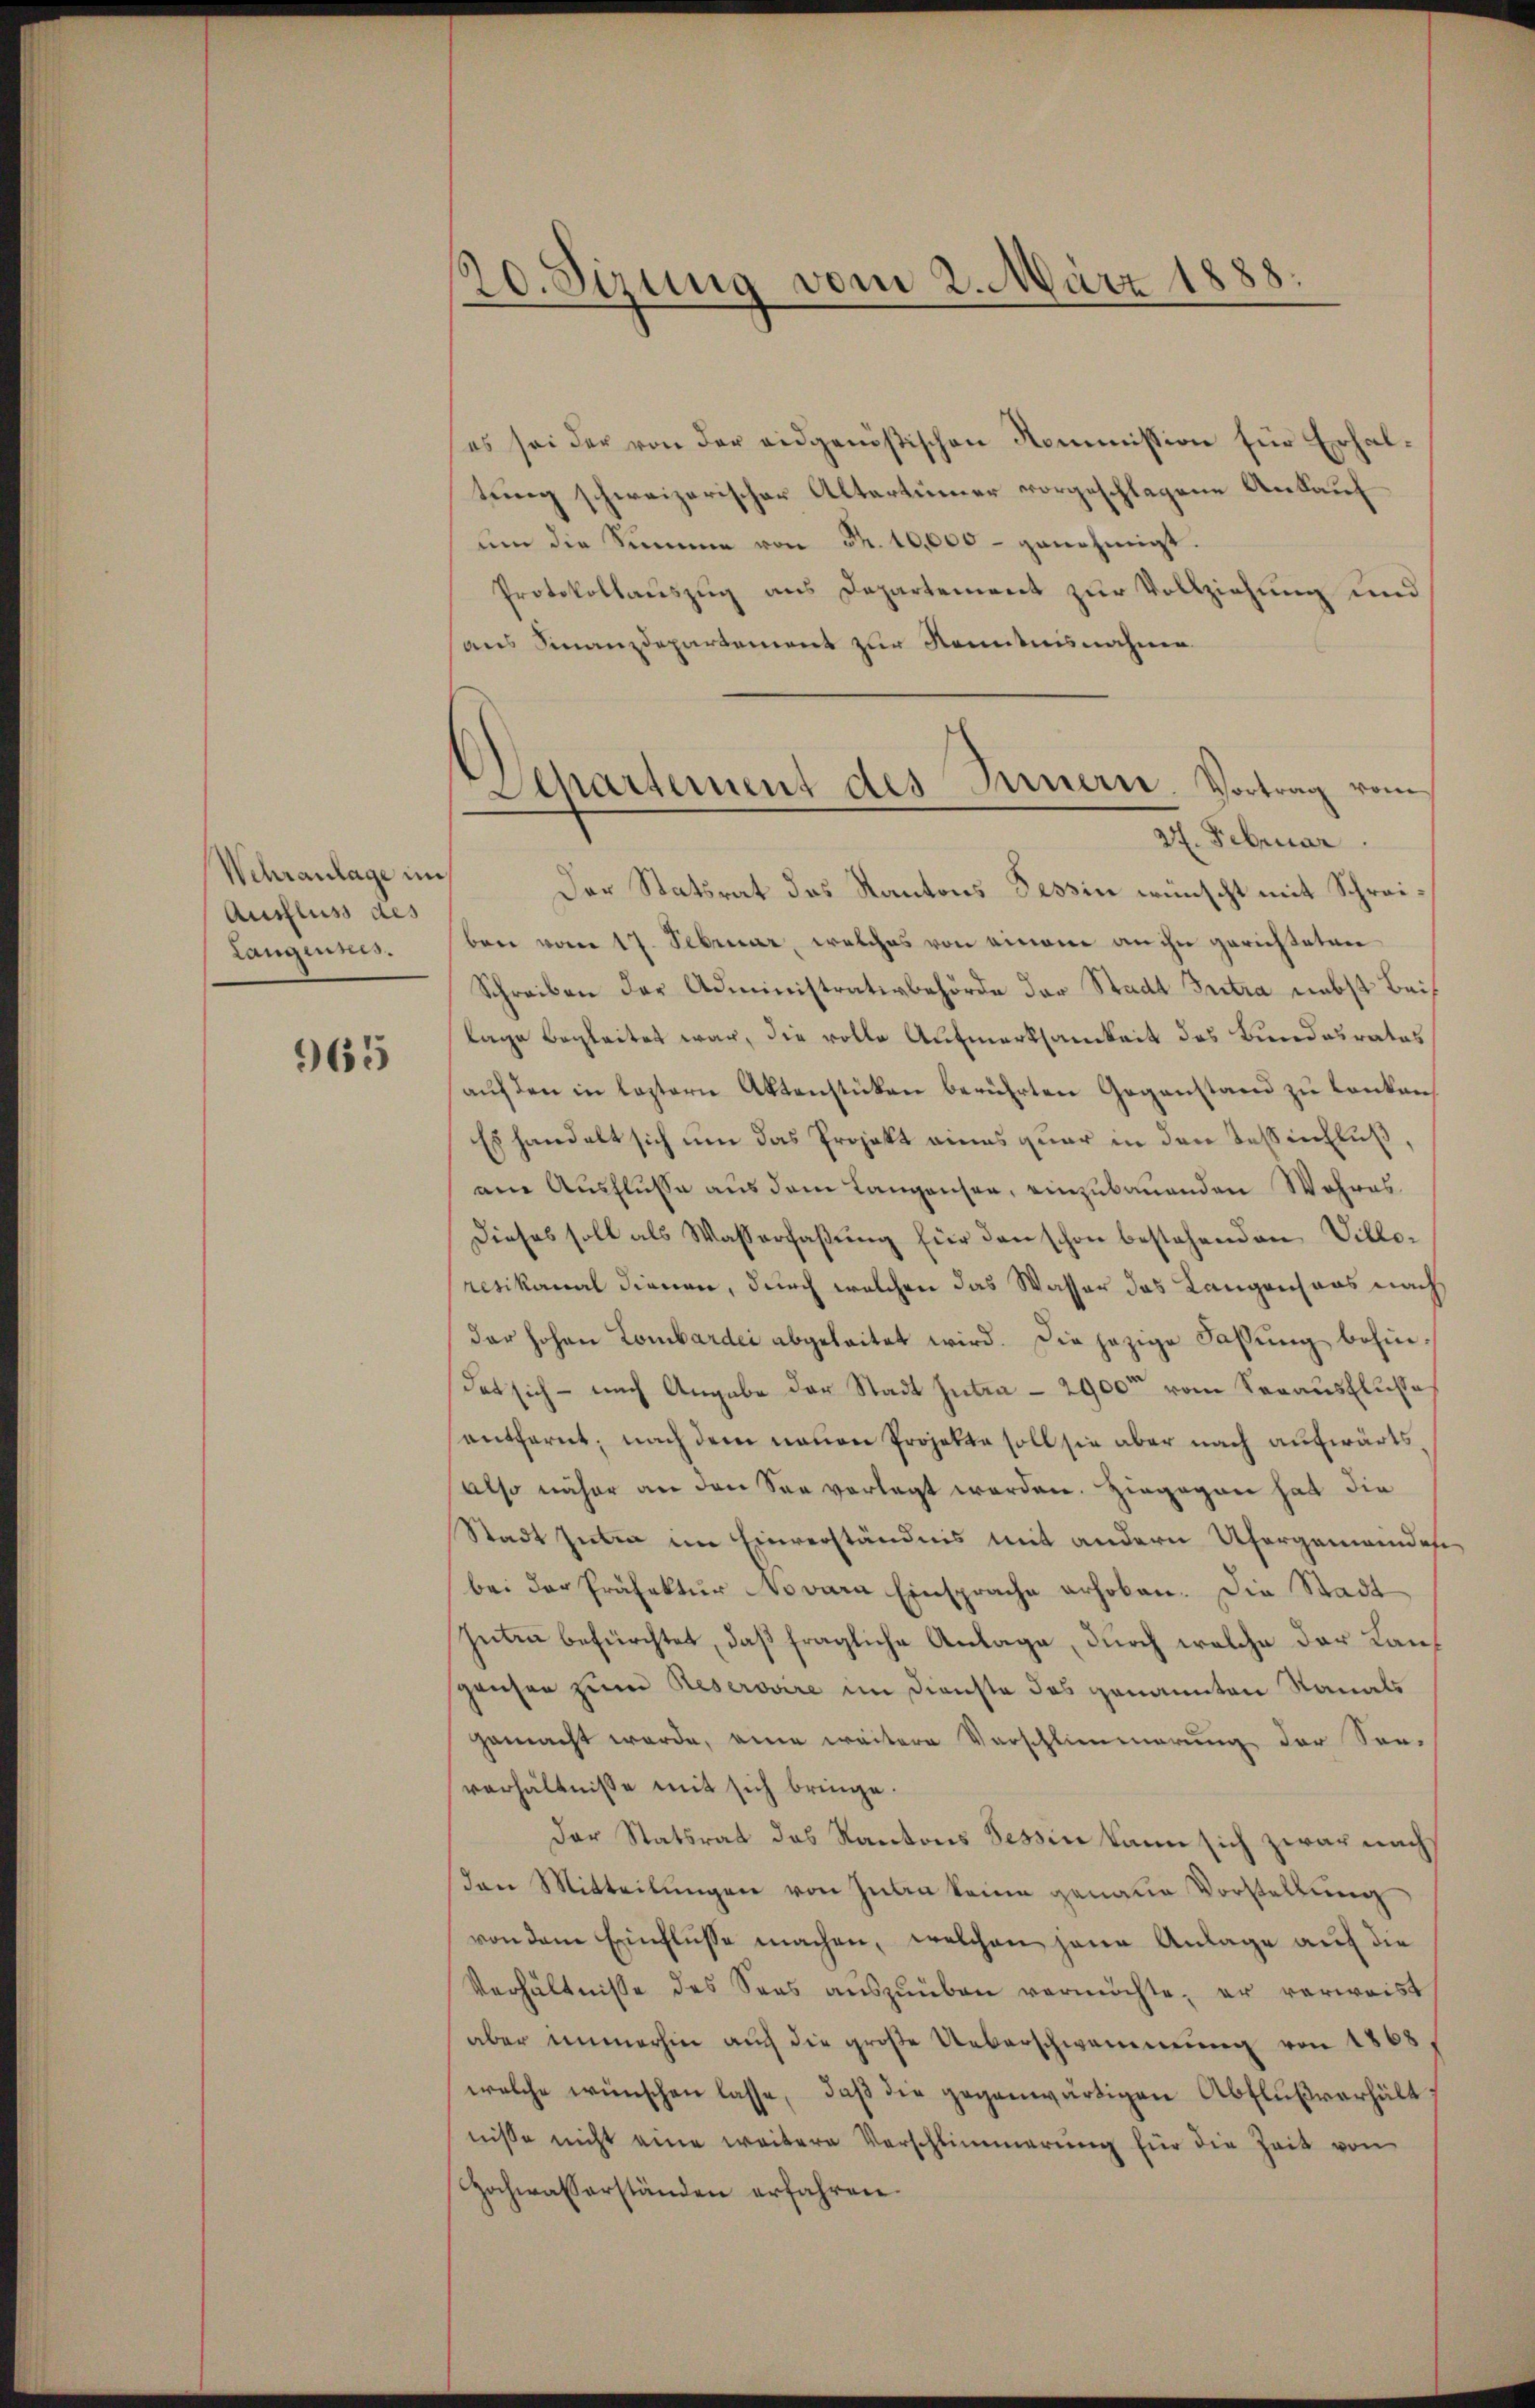
Wehranlage im
Ausfluss des
Langinnes.

965

20. Sizung vom 2. März 1888.

d
Departement des Innern. Vortrag vom
27. Februar.

ses sei der von der eidgenößischen Kommission für Erhaltung schweizerischer Altertümer vorgeschlagene Ankauf
ŭm die Summe von Fr. 10,000 - genehmigt.
Protokollauszug aus Departement zur Vollziehung und
aus Finanzdepartement zur Kenntnisnahme
Der Statsrat das Kantons Tessin wünscht mit Schreiben vom 17. Februar, welches von einem an ihn gerichteten
Schreiben der Administrativbehörde der Stadt Intra nebst Beilage begleitet war, die volle Aufmerksamkeit des Bundesrates
auf den in leztern Aktenstücken berührten Gegenstand zu lenken
Es handelt sich um das Projekt eines quar in den Teßinfluß,
am Ausflusse aus dem Langensee, einzubauenden Wahres
Dieses soll als Wasserfaβŭng für den schon bestehenden Villoresikanal dienen, durch welchen das Wasser das Langensans nach
der hohen Lombardei abgeleitet wird. Die jezige Fassung behindas sich - nach Angabe der Stadt Intern – 2900 vom Vorausflusse
entfernt, nach dem neuen Projekte soll sie aber nach aufwärts
Also näher an den See vorlegt worden. Hingegen hat die
Stadt geben im Einverständnis mit andern Ufergemeinder
bei der Präfektur Novara Einsprache erhoben. Die Stadt
Guten befürchtet, daß fragliche Anlage, durch welche der Langrusen zum Reserovire im Dienste des genannten Nanals
gemacht werde, eine weitere Vorschlimmerung der Son-
verhältnisse mit sich bringe.
Der Statsrat des Kantons Tessin kann sich zwar nach
den Mitteilungen von Juan keine genaue Vorstellung
von dem Einflusse machen, welchen jene Anlage auf die
Verhältnisse des Saas aŭszŭüben vermöchte, er verwaist
aber immerhin aŭch die große Ueberschwemmung von 1868
welche wünschen lasse, daß die gegenwärtigen Abflußverhältnisse nicht eine weitere Verschlimmerung für die Zeit von
Hochwasserständen erfahren.